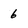
Character: 6